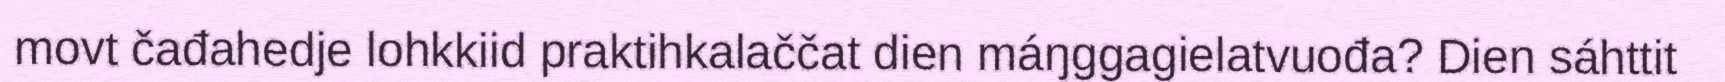
movt čađahedje lohkkiid praktihkalaččat dien máŋggagielatvuođa? Dien sáhttit